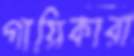
গায়িকারা